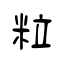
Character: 粒